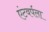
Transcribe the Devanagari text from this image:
एंटवर्पला